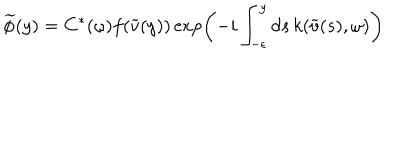
\widetilde { \phi } ( y ) = C ^ { * } ( \omega ) f ( \widetilde { v } ( y ) ) \exp \left( - i \int _ { - \epsilon } ^ { y } d s \, k ( \widetilde { v } ( s ) , \omega ) \right)